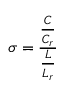
\sigma = { \frac { \frac { C } { C _ { r } } } { \frac { L } { L _ { r } } } }